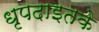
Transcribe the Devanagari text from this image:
धृपदाइतके